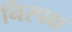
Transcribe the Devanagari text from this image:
निरपक्ष